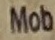
Mob